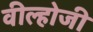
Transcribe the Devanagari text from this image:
वील्होजी